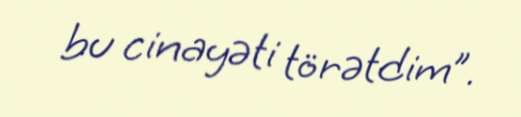
bu cinayəti törətdim”.